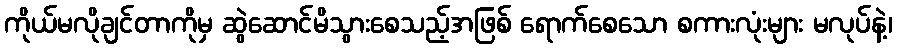
ကိုယ်မလိုချင်တာကိုမှ ဆွဲဆောင်မိသွားစေသည့်အဖြစ် ရောက်စေသော စကားလုံးများ မလုပ်နဲ့၊